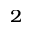
_ 2